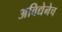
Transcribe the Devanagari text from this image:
अविद्येनेच